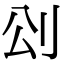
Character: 𠛀